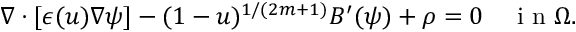
\nabla \cdot [ \epsilon ( u ) \nabla \psi ] - ( 1 - u ) ^ { 1 / ( 2 m + 1 ) } B ^ { \prime } ( \psi ) + \rho = 0 \quad \mathrm { ~ i ~ n ~ } \Omega .